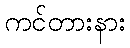
ကင်တားနား